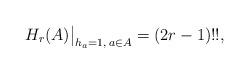
LaTeX: \begin{gather*} H_{r}(A) \big |_{h_{a}=1, \, a \in A} = (2 r -1) !! , \end{gather*}